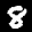
Label: 8